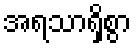
အရသာရှိစွာ